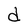
Character: d